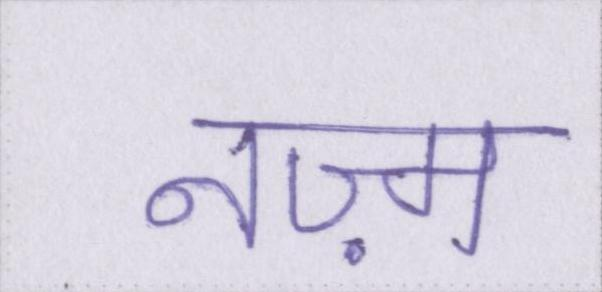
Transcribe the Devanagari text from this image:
नज़्म